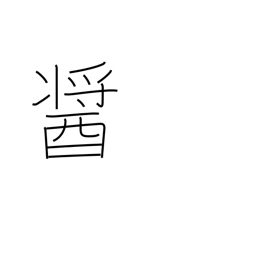
Meaning: a kind of miso